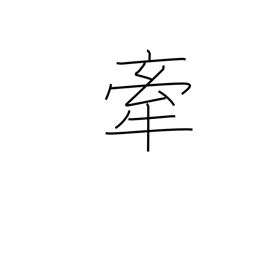
Meaning: drag